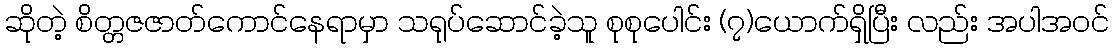
ဆိုတဲ့ စိတ္တဇဇာတ်ကောင်နေရာမှာ သရုပ်ဆောင်ခဲ့သူ စုစုပေါင်း (၇)ယောက်ရှိပြီး လည်း အပါအဝင်